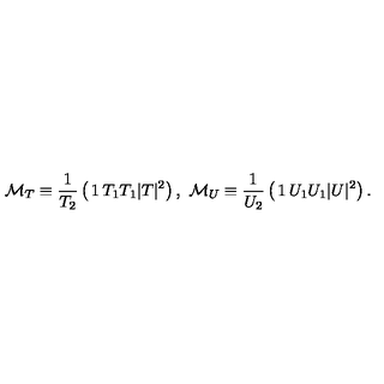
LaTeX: { \cal M } _ { T } \equiv { \frac { 1 } { T _ { 2 } } } \left( \begin{matrix} { 1 } & { T _ { 1 } } \\ { T _ { 1 } } & { | T | ^ { 2 } } \\ \end{matrix} \right) , \ { \cal M } _ { U } \equiv { \frac { 1 } { U _ { 2 } } } \left( \begin{matrix} { 1 } & { U _ { 1 } } \\ { U _ { 1 } } & { | U | ^ { 2 } } \\ \end{matrix} \right) .